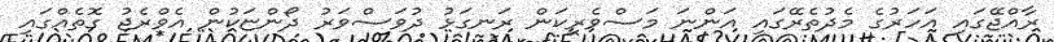
ރާއްޖޭގައި އަހަރުގެ މެދުތެރޭގައި އަންނަ މަސްވެރިކަން ރަނގަޅު ދުވަސްވަރު ދޯންޏަކުން އެވްރެޖު ގޮތެއްގައި